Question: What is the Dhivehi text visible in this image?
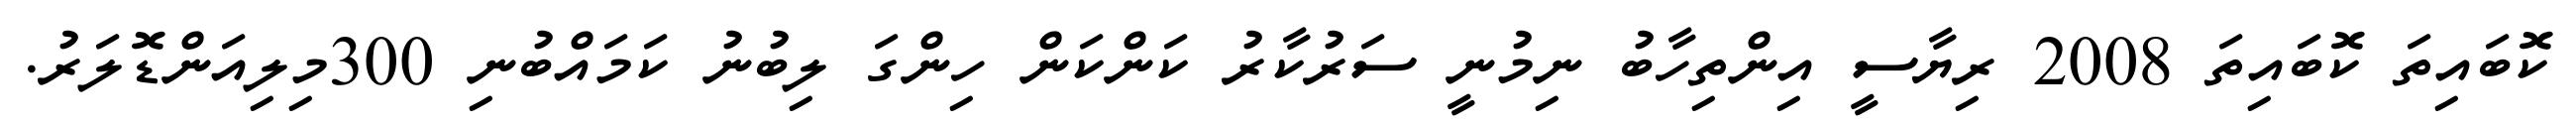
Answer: ކޮބައިތަ ކޮބައިތަ 2008 ރިޔާސީ އިންތިހާބު ނިމުނީ ސަރުކާރު ކަންކަން ހިންގަ ލިބުނު ކަމައްބުނި 300މިލިއަންޑޮލަރު.